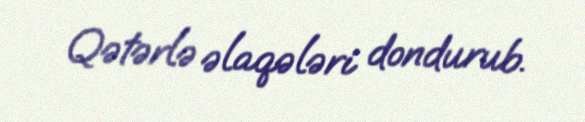
Qətərlə əlaqələri dondurub.